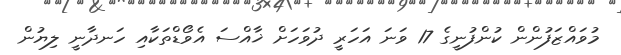
މުވައްޒަފުންން ކުންފުނީގެ 17 ވަނަ އަހަރީ ދުވަހަށް ޚާއްސަ އެވޯޑްތަކާއި ހަނދާނީ ލިޔުން